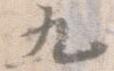
九